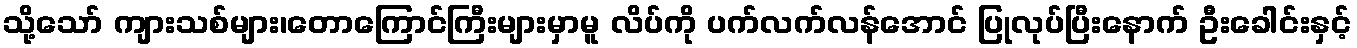
သို့သော် ကျားသစ်များ၊တောကြောင်ကြီးများမှာမူ လိပ်ကို ပက်လက်လန်အောင် ပြုလုပ်ပြီးနောက် ဦးခေါင်းနှင့်